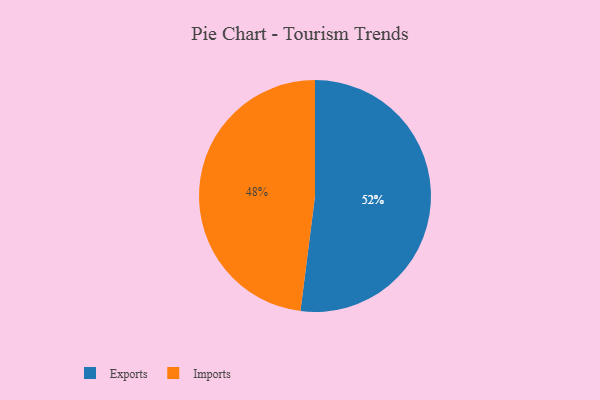
{"axis": {"x": "Category", "y": "Percentage"}, "legend": ["Exports", "Imports"], "data": [{"x": "Exports", "y": 52, "type": "Exports"}, {"x": "Imports", "y": 48, "type": "Imports"}]}